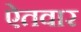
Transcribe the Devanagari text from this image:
ऐतवार